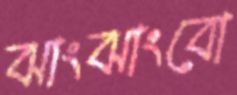
ঝাংঝাংবো